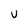
Character: U